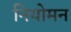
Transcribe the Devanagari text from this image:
नियोमन